Scientific memoirs by medical officers of the Army of India - Part I,
Year: 1884
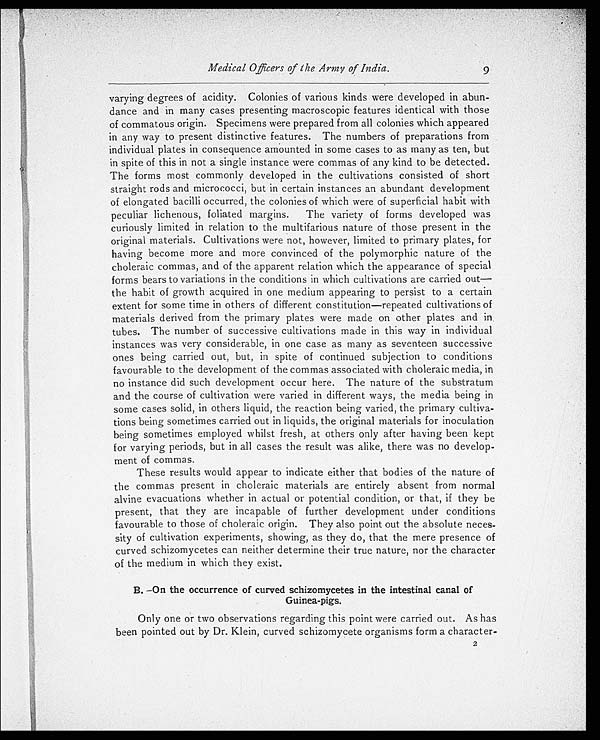
Medical Officers of the Army of India.
9
varying degrees of acidity. Colonies of various kinds were developed in abun
-dance and in many cases presenting macroscopic features identical with those
of commatous origin. Specimens were prepared from all colonies which appeared
in any way to present distinctive features. The numbers of preparations from
individual plates in consequence amounted in some cases to as many as ten, but
in spite of this in not a single instance were commas of any kind to be detected.
The forms most commonly developed in the cultivations consisted of short
straight rods and micrococci, but in certain instances an abundant development
of elongated bacilli occurred, the colonies of which were of superficial habit with
peculiar lichenous, foliated margins. The variety of forms developed was
curiously limited in relation to the multifarious nature of those present in the
original materials. Cultivations were not, however, limited to primary plates, for
having become more and more convinced of the polymorphic nature of the
choleraic commas, and of the apparent relation which the appearance of special
forms bears to variations in the conditions in which cultivations are carried out
—the habit of growth acquired in one medium appearing to persist to a certain
extent for some time in others of different constitution—repeated cultivations of
materials derived from the primary plates were made on other plates and in
tubes. The number of successive cultivations made in this way in individual
instances was very considerable, in one case as many as seventeen successive
ones being carried out, but, in spite of continued subjection to conditions
favourable to the development of the commas associated with choleraic media, in
no instance did such development occur here. The nature of the substratum
and the course of cultivation were varied in different ways, the media being in
some cases solid, in others liquid, the reaction being varied, the primary cultiva
-tions being sometimes carried out in liquids, the original materials for inoculation
being sometimes employed whilst fresh, at others only after having been kept
for varying periods, but in all cases the result was alike, there was no develop
-ment of commas.
These results would appear to indicate either that bodies of the nature of
the commas present in choleraic materials are entirely absent from normal
alvine evacuations whether in actual or potential condition, or that, if they be
present, that they are incapable of further development under conditions
favourable to those of choleraic origin. They also point out the absolute neces
- s i t y o f c u l t i v a t i o n e x p e r i m e n t s , s h o w i n g , a s t h e y d o , t h a t t h e m e r e p r e s e n c e o f
curved schizomycetes can neither determine their true nature, nor the character
of the medium in which they exist.
B.—On the occurrence of curved schizomycetes in the intestinal canal of
Guinea-pigs.
Only one or two observations regarding this point were carried out. As has
been pointed out by Dr. Klein, curved schizomycete organisms form a character
-
2